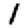
Digit: 1